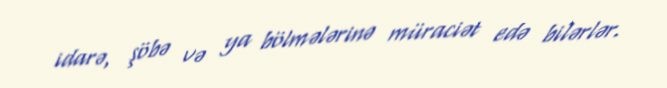
idarə, şöbə və ya bölmələrinə müraciət edə bilərlər.